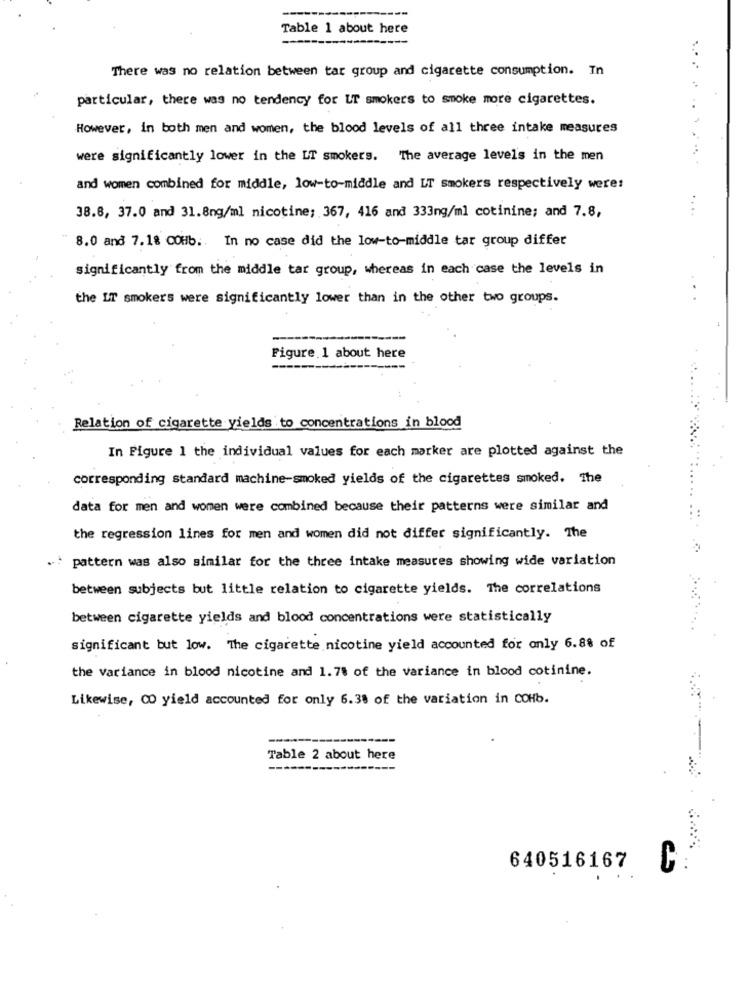
Table 1 about here
There was no relation between tar group and cigarette consumption. In
particular, there was no tendency for LT smokers to smoke more cigarettes.
However, in both men and women, the blood levels of all three intake measures
were significantly lower in the LT smokers. The average level's in the men
and women combined for middle, low-to-middle and LT smokers respectively were:
38.8, 37.0 and 31.8ng/ml nicotine; 367, 416 and 333ng/ml cotinine; and 7.8,
8.0 and 7.18 COHb .. In no case did the low-to-middle tar group differ
significantly from the middle tar group, whereas in each case the levels in
the LT smokers were significantly lower than in the other two groups.
Figure.1 about here
Relation of cigarette yields to concentrations in blood
In Figure 1 the individual values for each marker are plotted against the
corresponding standard machine-smoked yields of the cigarettes smoked. The
data for men and women were combined because their patterns were similar and
the regression lines for men and women did not differ significantly. The
pattern was also similar for the three intake measures showing wide variation
between subjects but little relation to cigarette yields. The correlations
between cigarette yields and blood concentrations were statistically
significant but low. The cigarette nicotine yield accounted for only 6.88 of
the variance in blood nicotine and 1.7% of the variance in blood cotinine.
Likewise, CO yield accounted for only 6.38 of the variation in COHb.
Table 2 about here
640516167
C